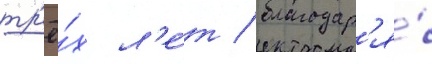
тр'ё́х л'е́т / благодар'я́